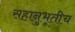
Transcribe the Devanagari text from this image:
सहानुभूतीच